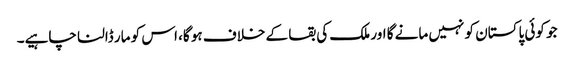
جو کوئی پاکستان کو نہیں مانے گا اور ملک کی بقا کے خلاف ہو گا، اس کو مار ڈالنا چاہیے۔